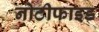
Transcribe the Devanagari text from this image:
नोटीफाइड